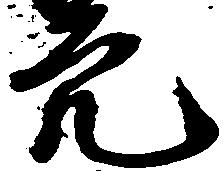
穴